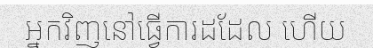
អ្នកវិញនៅធ្វើការដដែល ហើយ